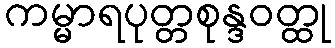
ကမ္မာရပုတ္တစုန္ဒဝတ္ထု